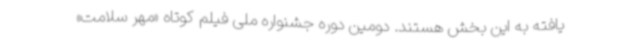
یافته به این بخش هستند. دومین دوره جشنواره ملی فیلم کوتاه «مهر سلامت»